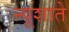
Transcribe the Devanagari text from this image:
न्यूशाते